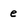
Character: e